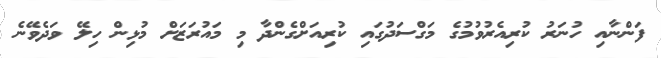
ފަންނާއި ހުނަރު ކުރިއެރުވުމުގެ މަގްސަދުގައި ކުރިއަށްގެންދާ މި މައުރަޒަށް މުޅިން ހިލޭ ވަދެވޭނެ